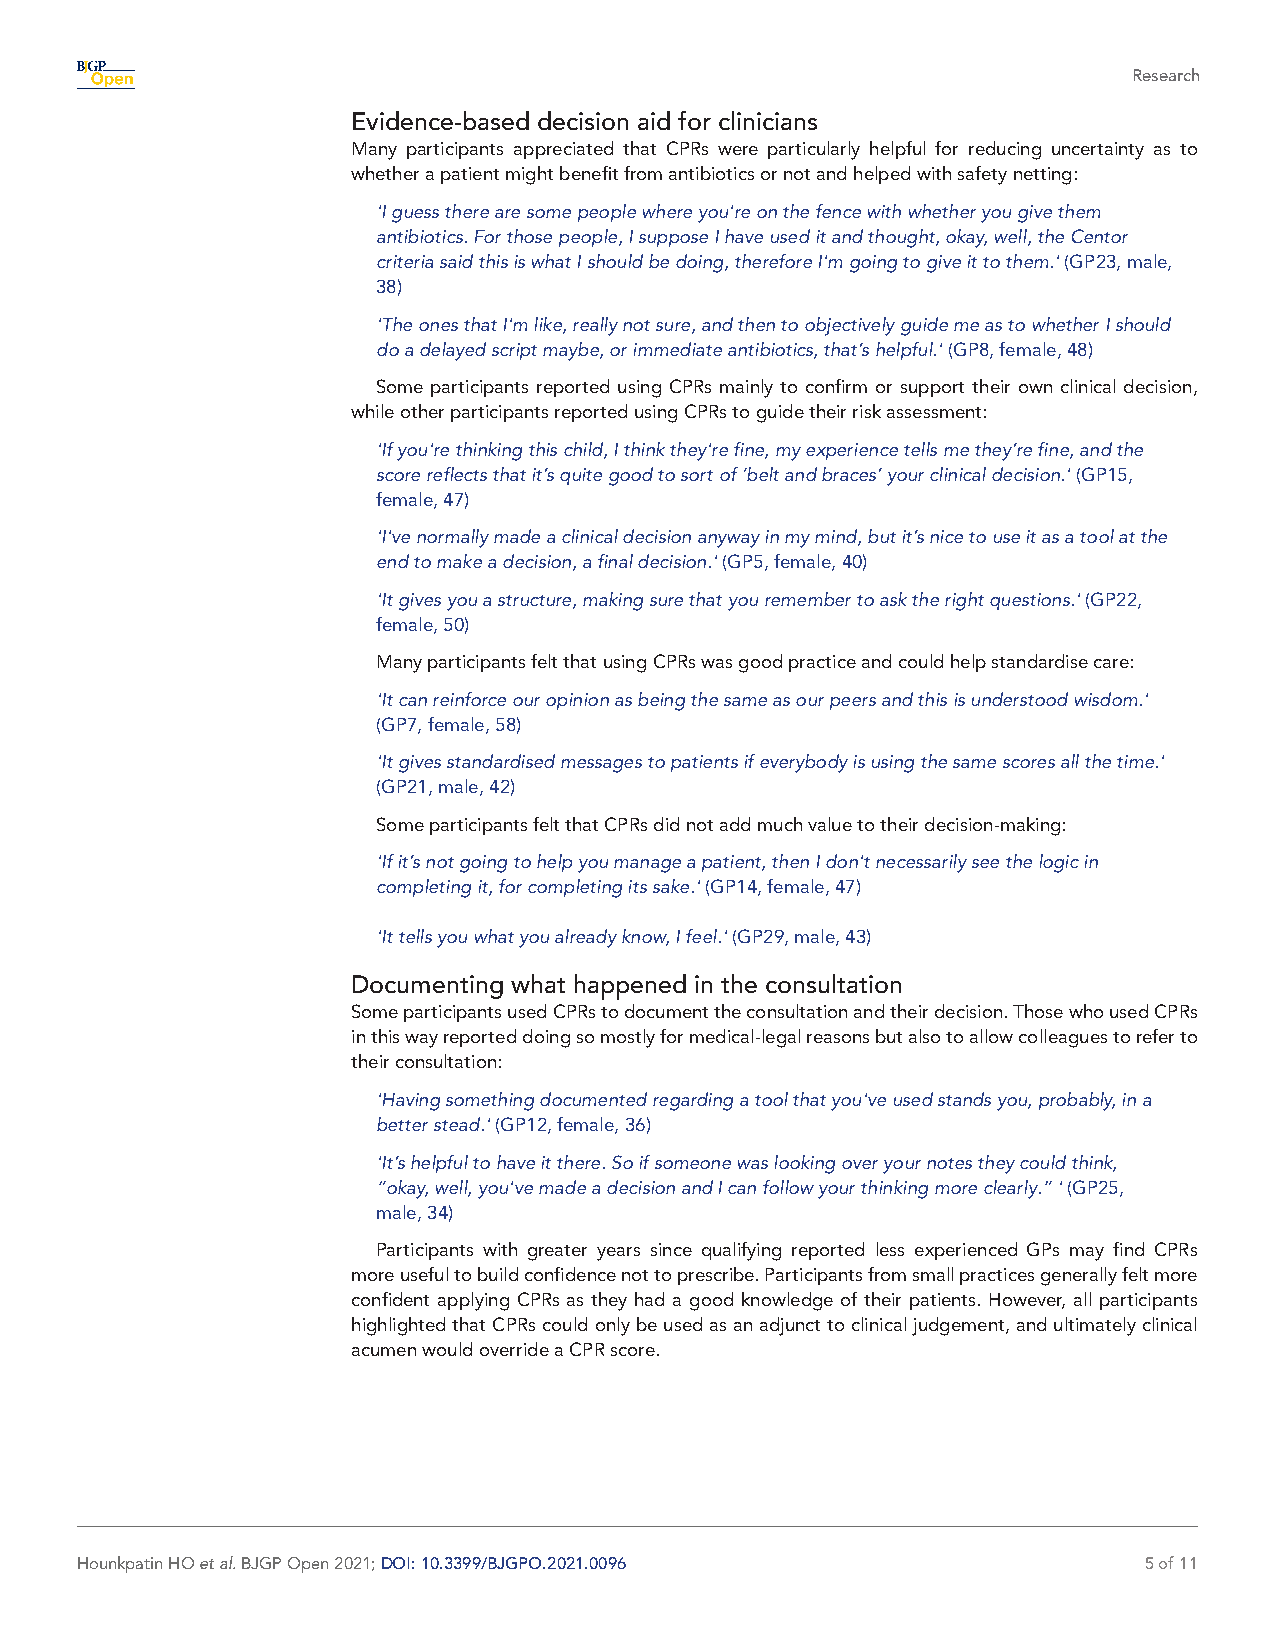
Research
 Evidence-based decision aid for clinicians
 Many participants appreciated that CPRs were particularly helpful for reducing uncertainty as to
 whether a patient might benefit from antibiotics or not and helped with safety netting:
 'I guess there are some people where you're on the fence with whether you give them
 antibiotics. For those people, I suppose I have used it and thought, okay, well, the Centor
 criteria said this is what I should be doing, therefore I'm going to give it to them.' (GP23, male,
 38)
 'The ones that I'm like, really not sure, and then to objectively guide me as to whether I should
 do a delayed script maybe, or immediate antibiotics, that’s helpful.' (GP8, female, 48)
 Some participants reported using CPRs mainly to confirm or support their own clinical decision,
 while other participants reported using CPRs to guide their risk assessment:
 'If you're thinking this child, I think they're fine, my experience tells me they’re fine, and the
 score reflects that it’s quite good to sort of ‘belt and braces’ your clinical decision.' (GP15,
 female, 47)
 'I've normally made a clinical decision anyway in my mind, but it’s nice to use it as a tool at the
 end to make a decision, a final decision.' (GP5, female, 40)
 'It gives you a structure, making sure that you remember to ask the right questions.' (GP22,
 female, 50)
 Many participants felt that using CPRs was good practice and could help standardise care:
 'It can reinforce our opinion as being the same as our peers and this is understood wisdom.'
 (GP7, female, 58)
 'It gives standardised messages to patients if everybody is using the same scores all the time.'
 (GP21, male, 42)
 Some participants felt that CPRs did not add much value to their decision- making:
 'If it’s not going to help you manage a patient, then I don't necessarily see the logic in
 completing it, for completing its sake.' (GP14, female, 47)
 'It tells you what you already know, I feel.' (GP29, male, 43)
 Documenting what happened in the consultation
 Some participants used CPRs to document the consultation and their decision. Those who used CPRs
 in this way reported doing so mostly for medical- legal reasons but also to allow colleagues to refer to
 their consultation:
 'Having something documented regarding a tool that you've used stands you, probably, in a
 better stead.' (GP12, female, 36)
 'It’s helpful to have it there. So if someone was looking over your notes they could think,
 “okay, well, you've made a decision and I can follow your thinking more clearly.” ' (GP25,
 male, 34)
 Participants with greater years since qualifying reported less experienced GPs may find CPRs
 more useful to build confidence not to prescribe. Participants from small practices generally felt more
 confident applying CPRs as they had a good knowledge of their patients. However, all participants
 highlighted that CPRs could only be used as an adjunct to clinical judgement, and ultimately clinical
 acumen would override a CPR score.
 Hounkpatin HO et al. BJGP Open 2021; DOI: 10.3399/BJGPO.2021.0096      5 of 11